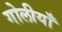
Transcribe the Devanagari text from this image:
गोलीयाँ